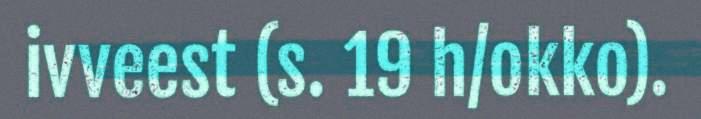
ivveest (s. 19 h/okko).